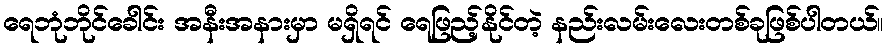
ရေဘုံဘိုင်ခေါင်း အနီးအနားမှာ မရှိရင် ရေဖြည့်နိုင်တဲ့ နည်းလမ်းလေးတစ်ခုဖြစ်ပါတယ်။